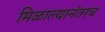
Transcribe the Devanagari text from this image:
मिळाल्यानंतरच